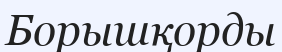
Борышқорды